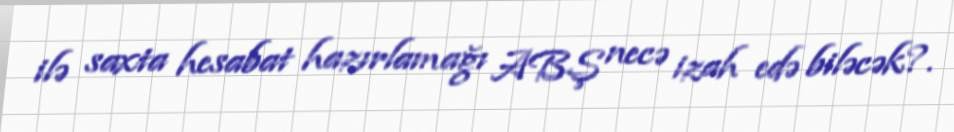
ilə saxta hesabat hazırlamağı ABŞ necə izah edə biləcək?.